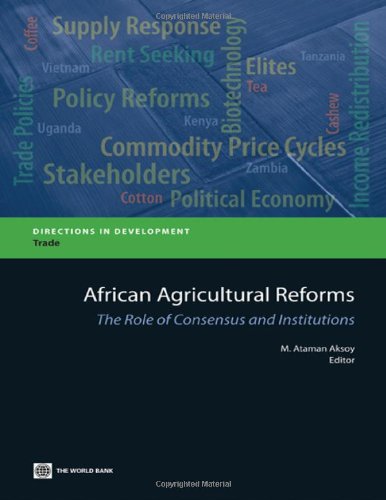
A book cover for African Agricultural Reforms: The Role of Consensus and Institutions (Directions in Development); Business & Money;